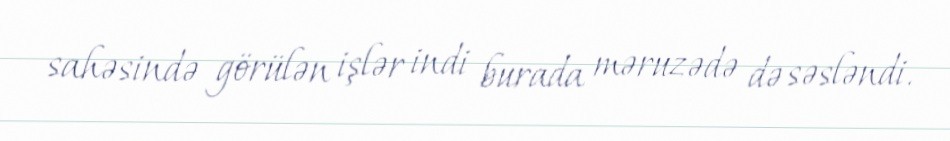
sahəsində görülən işlər indi burada məruzədə də səsləndi.